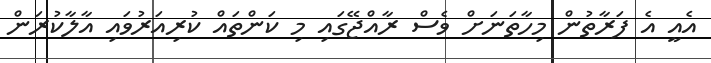
އެއީ އެ ފަރާތުން މިހާތަނަށް ވެސް ރާއްޖޭގައި މި ކަންތައް ކުރިއަރުވައި އާލާކުރަން